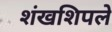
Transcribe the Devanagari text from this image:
शंखशिपले